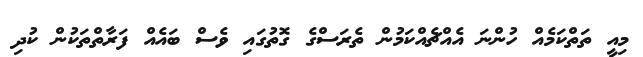
މިއީ ތަތްކަމެއް ހުންނަ އެއްޗެއްކަމުން ތެރަސްގެ ގޮތުގައި ވެސް ބައެއް ފަރާތްތަކުން ކުދި